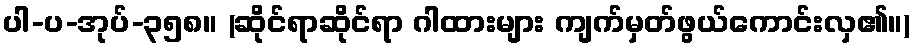
ပါ-ပ-အုပ်-၃၅၈။ (ဆိုင်ရာဆိုင်ရာ ဂါထားများ ကျက်မှတ်ဖွယ်ကောင်းလှ၏။)